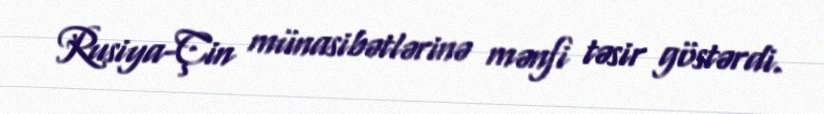
Rusiya-Çin münasibətlərinə mənfi təsir göstərdi.